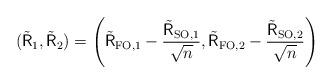
LaTeX: \begin{align*}(\tilde{\mathsf{R}}_1, \tilde{\mathsf{R}}_2) = \left(\tilde{\mathsf{R}}_{\mathrm{FO},1} - \frac{\tilde{\mathsf{R}}_{\mathrm{SO},1}}{\sqrt{n}}, \tilde{\mathsf{R}}_{\mathrm{FO},2} - \frac{\tilde{\mathsf{R}}_{\mathrm{SO},2}}{\sqrt{n}}\right)\end{align*}